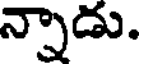
న్నాడు.